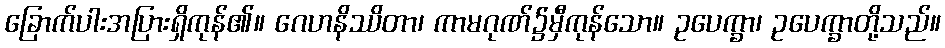
ခြောက်ပါးအပြားရှိကုန်၏။ ဂေဟနိဿိတာ၊ ကာမဂုဏ်၌မှီကုန်သော။ ဥပေက္ခာ၊ ဥပေက္ခာတို့သည်။